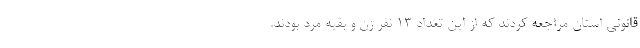
قانونی استان مراجعه کردند که از این تعداد ۱۳ نفر زن و بقیه مرد بودند.